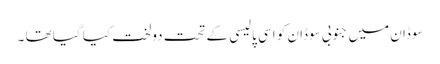
سوڈان میں جنوبی سوڈان کو اسی پالیسی کے تحت دولخت کیا گیا تھا ۔